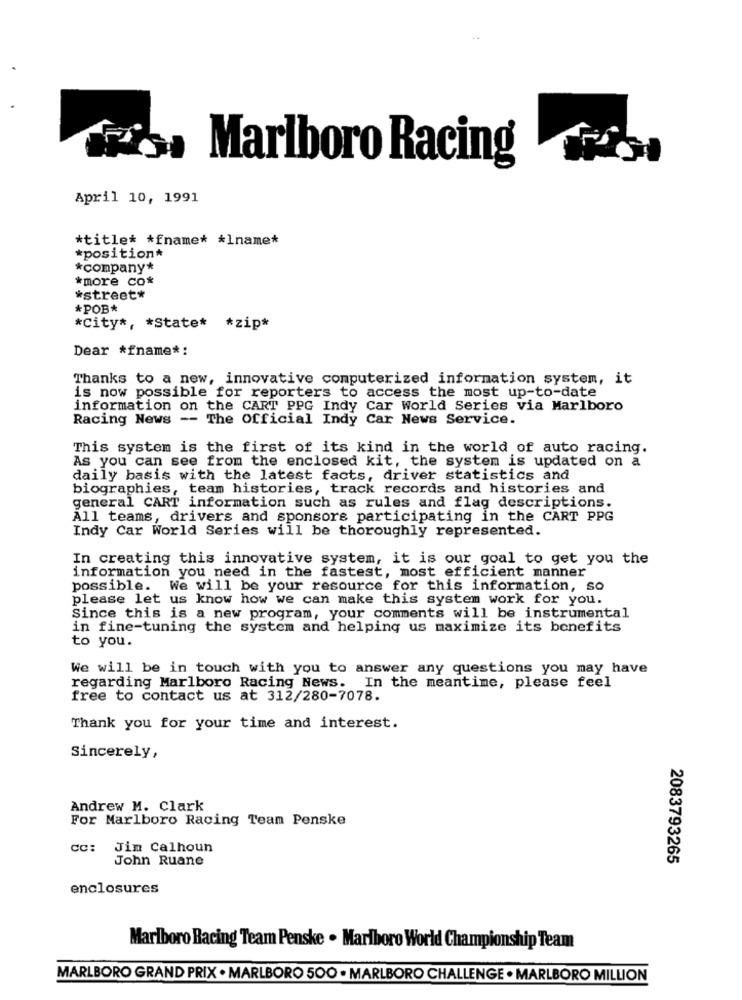
Marlboro Racing
April 10, 1991
*title* * fname* * 1name*
*position*
*company*
*more co*
*street*
*POB*
*City *, * State* * zip*
Dear *fname *:
Thanks to a new, innovative computerized information system, it
is now possible for reporters to access the most up-to-date
information on the CART PPG Indy Car World Series via Marlboro
Racing News -- The Official Indy Car News Service.
This system is the first of its kind in the world of auto racing.
As you can see from the enclosed kit, the system is updated on a
daily basis with the latest facts, driver statistics and
biographies, team histories, track records and histories and
general CART information such as rules and flag descriptions.
All teams, drivers and sponsors participating in the CART PPG
Indy Car World Series will be thoroughly represented.
In creating this innovative system, it is our goal to get you the
information you need in the fastest, most efficient manner
possible. We will be your resource for this information, so
please let us know how we can make this system work for you.
Since this is a new program, your comments will be instrumental
in fine-tuning the system and helping us maximize its benefits
to you.
We will be in touch with you to answer any questions you may have
regarding Marlboro Racing News. In the meantime, please feel
free to contact us at 312/280-7078.
Thank you for your time and interest.
Sincerely,
Andrew M. Clark
For Marlboro Racing Team Penske
CC:
Jim Calhoun
John Ruane
2083793265
enclosures
Marlboro Racing Team Penske . Marlboro World Championship Team
MARLBORO GRAND PRIX . MARLBORO 500 . MARLBORO CHALLENGE . MARLBORO MILLION